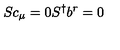
S c _ { \mu } = 0 S ^ { \dagger } b ^ { r } = 0